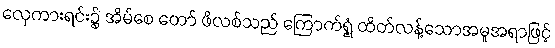
လှေကားရင်း၌ အိမ်စေ တော် ဖိလစ်သည် ကြောက်ရွံ့ ထိတ်လန့်သောအမူအရာဖြင့်